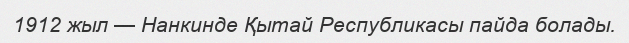
1912 жыл — Нанкинде Қытай Республикасы пайда болады.